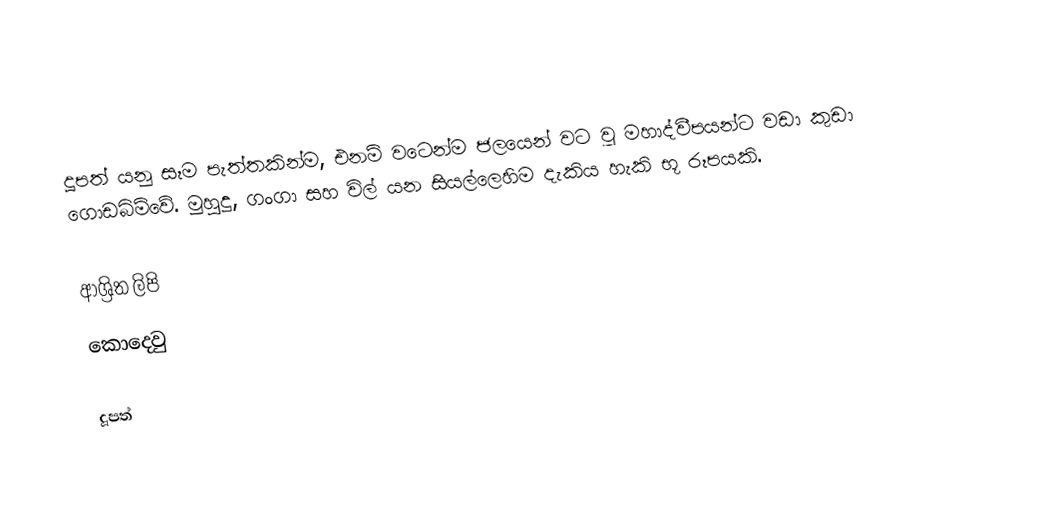
දූපත් යනු සෑම පැත්තකින්ම, එනම් වටෙන්ම ජලයෙන් වට වූ මහාද්වීපයන්ට වඩා කුඩා ගොඩබිම්වේ. මුහුදු, ගංගා සහ විල් යන සියල්ලෙහිම දැකිය හැකි භූ රූපයකි.

ආශ්‍රිත ලිපි
 කොදෙවු

දූපත්